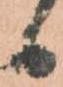
候